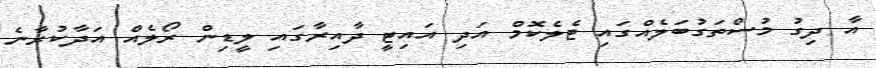
އާ ދިގު މުސްތަގުބަލެއްގައި ޓެލެކޮމް އަދި އައިޓީ ދާއިރާގައި ލީޑިން ރޯލެއް އަދާކުރާނެ